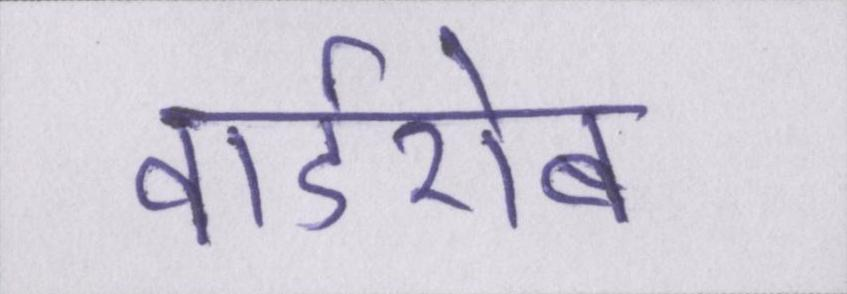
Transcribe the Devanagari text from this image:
वार्डरोब